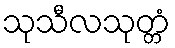
သုသီလသုတ္တံ